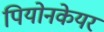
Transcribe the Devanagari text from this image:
पियोनकेयर